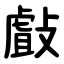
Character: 㪥